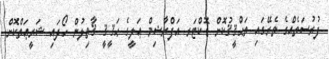
ފުރުސަތެއްގެ ތެރޭގައި ތަޙްޤީޤުކޮށް ޑޮކްޓަރ އަފްރާޝިމް ޢަލީގެ ޙަޤީޤީ ޤާތިލުން ހޯދައި ޝަރީޢަތްކޮށް